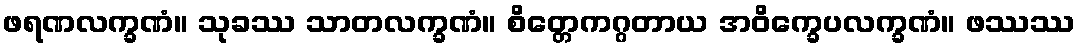
ဖရဏလက္ခဏံ။ သုခဿ သာတလက္ခဏံ။ စိတ္တေကဂ္ဂတာယ အဝိက္ခေပလက္ခဏံ။ ဖဿဿ